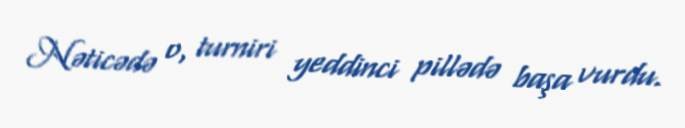
Nəticədə o, turniri yeddinci pillədə başa vurdu.